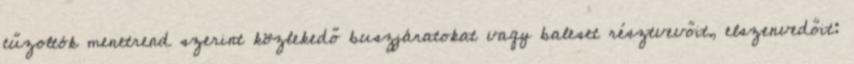
tűzoltók menetrend szerint közlekedő buszjáratokat vagy baleset résztvevőit, elszenvedőit: